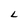
Character: L